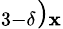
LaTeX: _{3-\delta})_{\mathbf{x}}